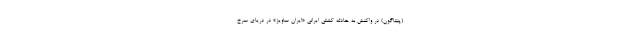
(پنتاگون) در واکنش به حادثه کشتی ایرانی «ایران ساویز» در دریای سرخ